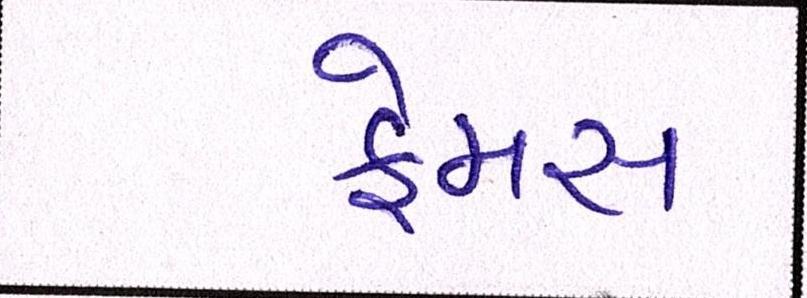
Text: ફેમસ